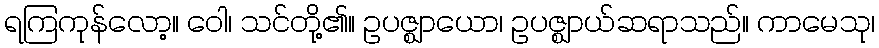
ရကြကုန်လော့။ ဝေါ၊ သင်တို့၏။ ဥပဇ္ဈာယော၊ ဥပဇ္ဈာယ်ဆရာသည်။ ကာမေသု၊